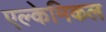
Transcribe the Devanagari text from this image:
एल्केमिकल